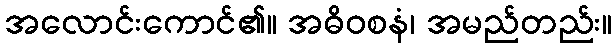
အလောင်းကောင်၏။ အဓိဝစနံ၊ အမည်တည်း။